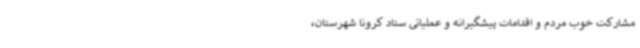
مشارکت خوب مردم و اقدامات پیشگیرانه و عملیاتی ستاد کرونا شهرستان،